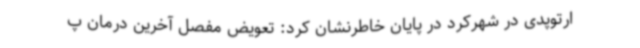
ارتوپدی در شهرکرد در پایان خاطرنشان کرد: تعویض مفصل آخرین درمان پ